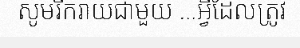
សូមរីករាយជាមួយ ...អ្វីដែលត្រូវ